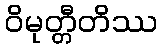
ဝိမုတ္တီတိဿ